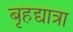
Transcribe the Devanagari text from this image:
बृहद्यात्रा